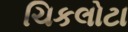
ચિકલોટા